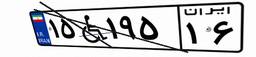
۱۵W۱۹۵۱۶